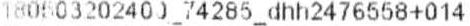
180503202400_74285_DHH2476558+014